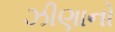
ઝીણાનો